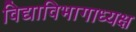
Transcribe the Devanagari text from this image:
विद्याविभागाध्यक्ष